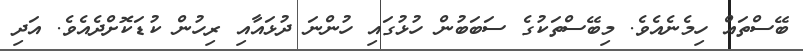
ބޭސްތައް ހިމެނެއެވެ. މިބޭސްތަކުގެ ސަބަބުން ހުޅުގައި ހުންނަ ދުޅައާއި ރިހުން ކުޑަކޮށްދެއެވެ. އަދި